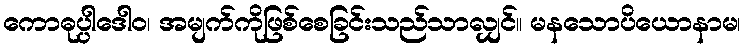
ကောဓုပ္ပါဒေါဝ၊ အမျက်ကိုဖြစ်စေခြင်းသည်သာလျှင်။ မနသောပိယောနာမ၊